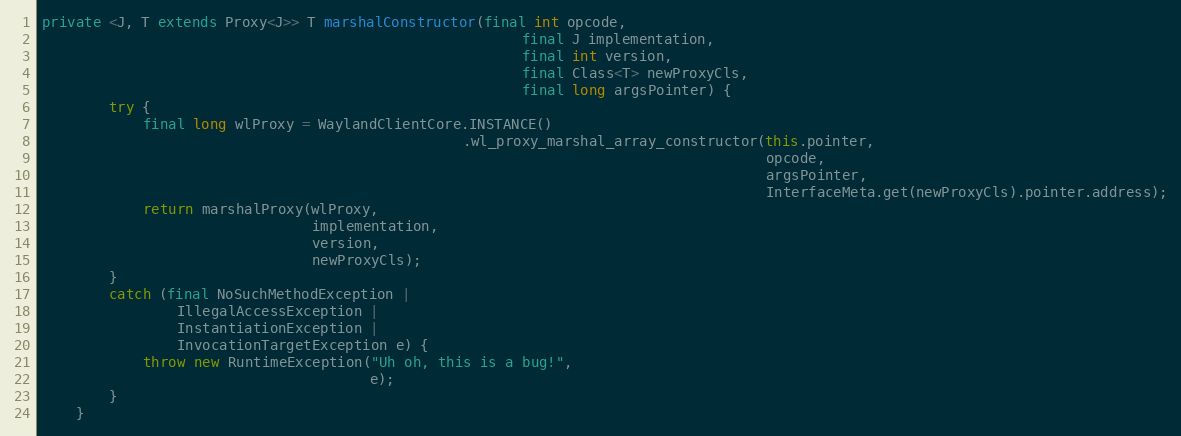
Language: Java
private <J, T extends Proxy<J>> T marshalConstructor(final int opcode,
                                                         final J implementation,
                                                         final int version,
                                                         final Class<T> newProxyCls,
                                                         final long argsPointer) {
        try {
            final long wlProxy = WaylandClientCore.INSTANCE()
                                                  .wl_proxy_marshal_array_constructor(this.pointer,
                                                                                      opcode,
                                                                                      argsPointer,
                                                                                      InterfaceMeta.get(newProxyCls).pointer.address);
            return marshalProxy(wlProxy,
                                implementation,
                                version,
                                newProxyCls);
        }
        catch (final NoSuchMethodException |
                IllegalAccessException |
                InstantiationException |
                InvocationTargetException e) {
            throw new RuntimeException("Uh oh, this is a bug!",
                                       e);
        }
    }